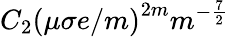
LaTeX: C_{2}\left(\mu\sigma e/m\right)^{2m}m^{-\frac{7}{2}}